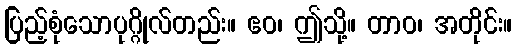
ပြည့်စုံသောပုဂ္ဂိုလ်တည်း။ ဧဝ၊ ဤသို့။ တာဝ၊ အတိုင်း။